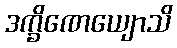
ဒက္ခိဏေယျောသိ